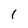
Character: I